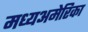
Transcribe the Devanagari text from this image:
मध्यअमेरिका